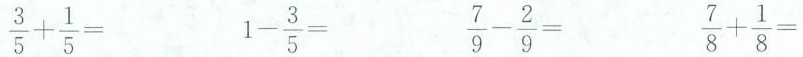
\frac{3}{5}+\frac{1}{5} = 1- \frac{3}{5}= \frac{7}{9} - \frac{2}{9} = \frac{7}{8} + \frac{1}{8} =